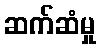
ဆက်ဆံမှု